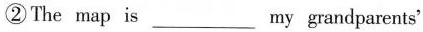
② The map is ___ my grandparents'